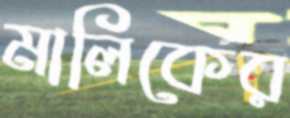
মালিকের